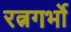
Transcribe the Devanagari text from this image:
रत्नगर्भो